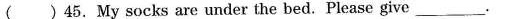
( ) 45.My socks are under the bed. Please give ___.